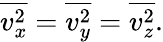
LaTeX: {\overline{{v_{x}^{2}}}}={\overline{{v_{y}^{2}}}}={\overline{{v_{z}^{2}}}}.